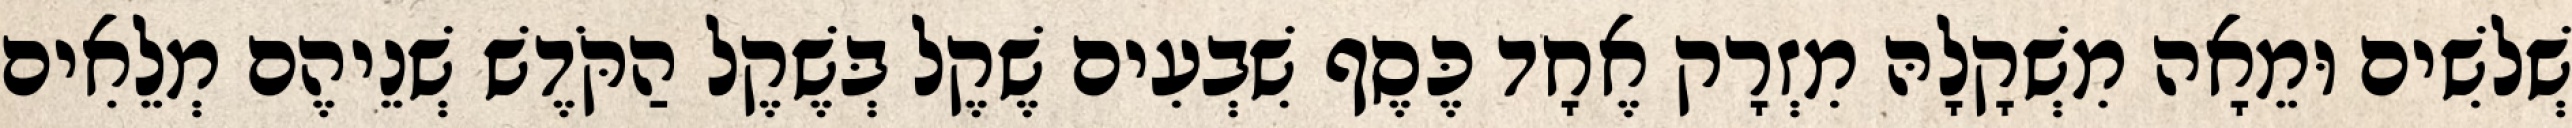
שְׁלשִׁים וּמֵאָה מִשְׁקָלָהּ מִזְרָק אֶחָד כֶּסֶף שִׁבְעִים שֶׁקֶל בְּשֶׁקֶל הַקֹּדֶשׁ שְׁנֵיהֶם מְלֵאִים